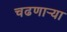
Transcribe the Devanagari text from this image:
चढणार्‍या